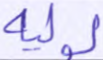
لوليه